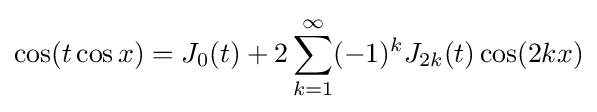
\cos(t\cos x)=J_{0}(t)+2\sum _{k=1}^{\infty }(-1)^{k}J_{2k}(t)\cos(2kx)